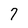
Character: 7